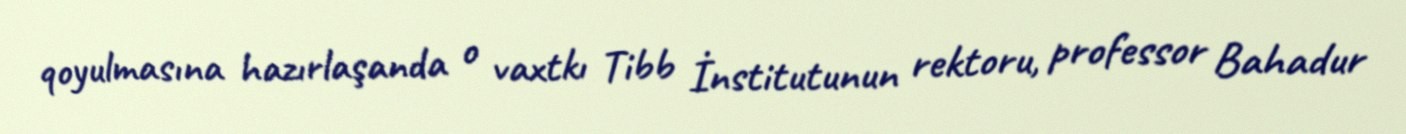
qoyulmasına hazırlaşanda o vaxtkı Tibb İnstitutunun rektoru, professor Bahadur